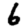
Digit: 6